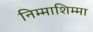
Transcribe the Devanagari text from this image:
निम्माशिम्मा